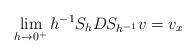
LaTeX: \begin{align*} \lim _ { h \to 0 ^ + } h ^ { - 1 } S _ h D S _ { h ^ { - 1 } } v = v _ x\end{align*}